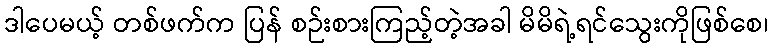
ဒါပေမယ့် တစ်ဖက်က ပြန် စဉ်းစားကြည့်တဲ့အခါ မိမိရဲ့ရင်သွေးကိုဖြစ်စေ၊